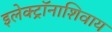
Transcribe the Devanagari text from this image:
इलेक्ट्रॉनाशिवाय